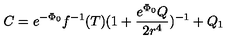
C = e ^ { - \Phi _ { 0 } } f ^ { - 1 } ( T ) ( 1 + \frac { e ^ { \Phi _ { 0 } } Q } { 2 r ^ { 4 } } ) ^ { - 1 } + Q _ { 1 }